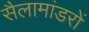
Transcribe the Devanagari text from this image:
सैलामांडरों